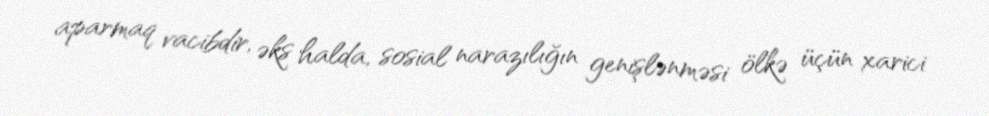
aparmaq vacibdir, əks halda, sosial narazılığın genişlənməsi ölkə üçün xarici